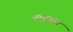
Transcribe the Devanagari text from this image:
टीडीके